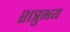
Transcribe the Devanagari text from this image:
शत्रुभय